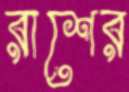
রাশের